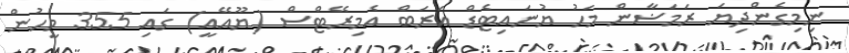
ނިމިގެންދިޔަ ރަމަޟާން މަހު ޔުނައިޓެޑް އަރަބް އެމިރޭޓްސް (ޔޫއޭއީ) ގައި 355 މީހުން